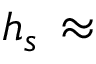
h _ { s } \, \approx